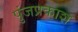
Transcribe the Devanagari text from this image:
पुंजप्रकाश